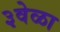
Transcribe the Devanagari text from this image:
३वेळा